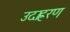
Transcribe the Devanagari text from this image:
उदाह्ररण